Seli_vallavalitsus_Parnumaal, lk 17
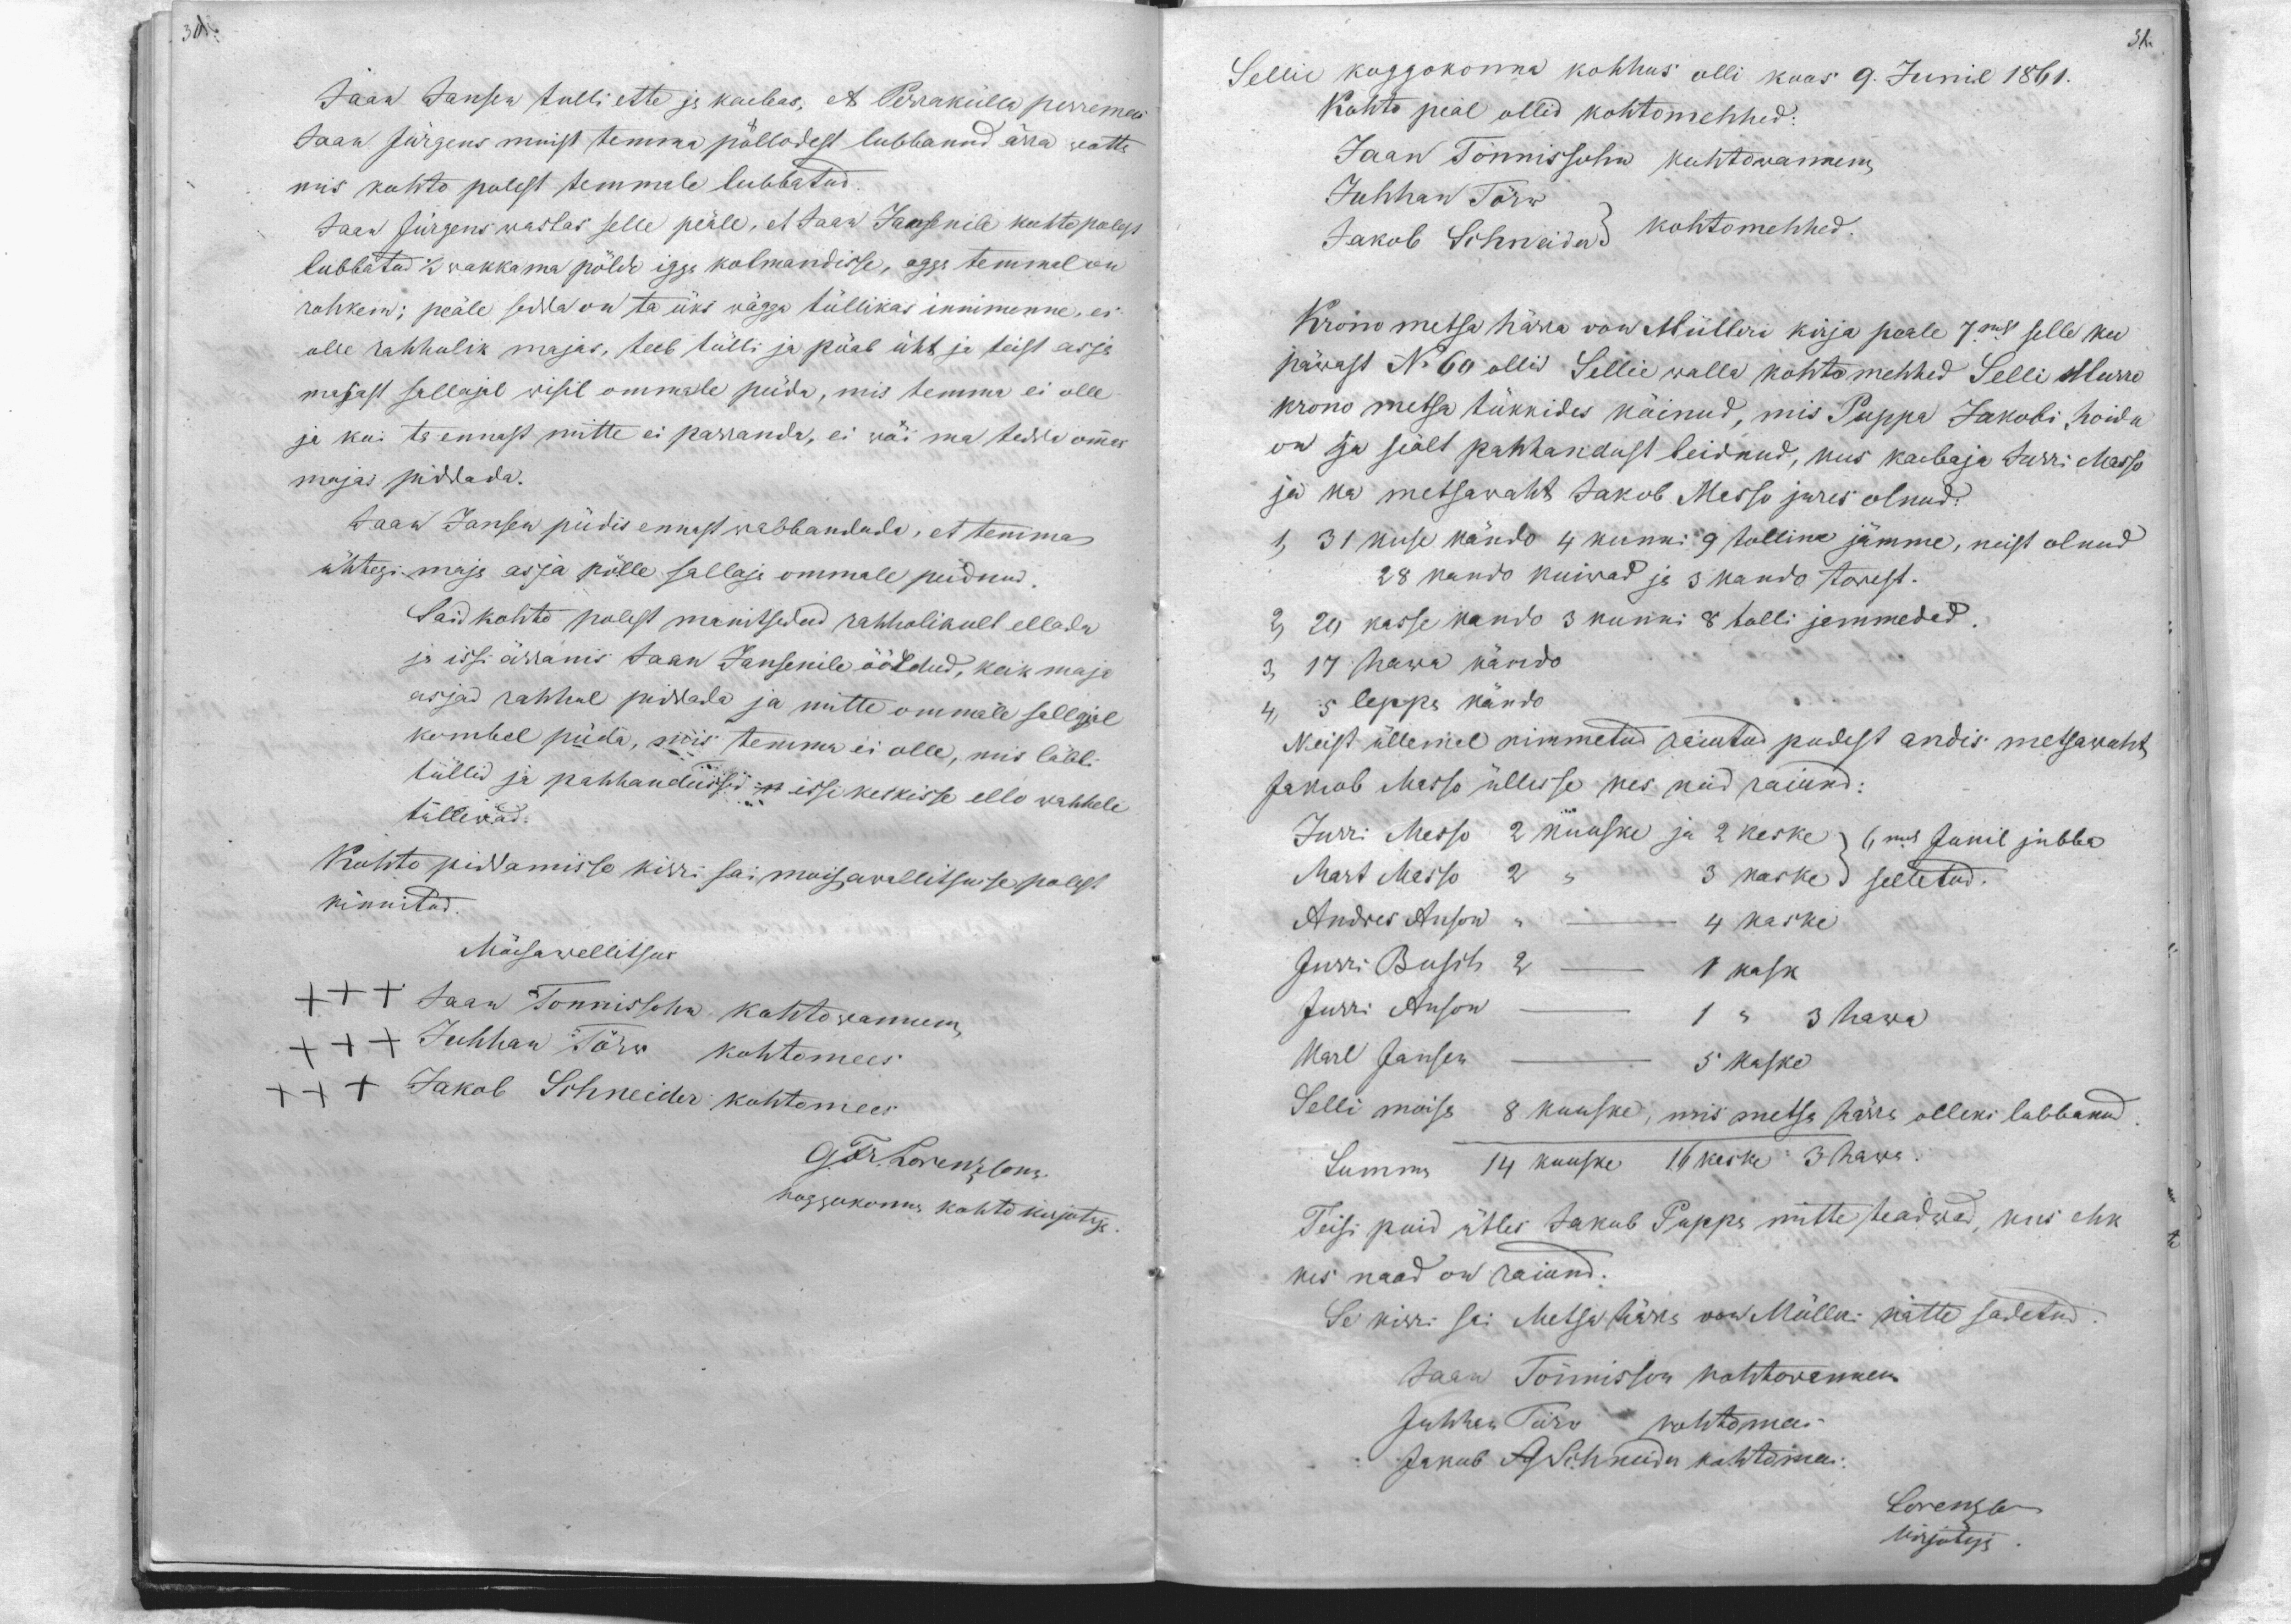
30.

Jaan Jansen tulli ette ja kaebas, et Perrakülla perremees
Jaan Jürgens muist temma pöllodest lubbanud ärra watta
mis kohto polest temmale lubbatud.
Jaan Jürgens wastas selle peäle, et Jaan Jansenile kohto polest
lubbatud 1/2 wakkama pöld igga kolmandisse, agga temmal on
rohkem; peäle sedda on ta üks wägga tüllikas innimenne, ei
olle rahhulik majas, teeb tülli ja püab üht ja teist asja
majast sellajal wisil ommale püda, mis temma ei olle
ja kui ta ennast mitte ei parranda, ei wöi ma tedda ommas
majas piddada.
Jaan Jansen püdis ennast wabbandada, et temma
ühtegi maja asja pölle sallaja ommale peidnud.
Said kohto polest manitsedud rahholikult ellada
ja issi ärranis Jaan Jansenile ööldud, keik maja
asjad rahhul piddada ja mitte ommale sallgial
kombel püda, mis temma ei olle, mis läbbi
tüllewad:
tüllid ja pahhandussid n issi keskisse ello wahhele
Kohto piddamisse kirri sai moisawallitsuse polest.
kinnitud.
Möisawallitsus
XXX Jaan Tonnissohn kohtowannem,
XXX Juhhan Törw kohtomees
xxx Jakob Schneider kohtomees
G. Fr. Lorenzsonn
koggokonna kohto kirjutaja

31.
Sellie koggokonna kohhus olli koos 9. Junil 1861.
Kohto peal ollid kohtomehhed:
Jaan Tönnissohn kohtowannem,
Juhhan Törw
Jakob Schneider kohtomehhed.
Krono metsa härra von Mülleri kirja peale 7masr selle ku
päwast No 60 ollid Sellie walla kohtomehhed Selli Murro
krono metsa tükkides käinud, mis Puppa Jakobi, hoida
on ja seält pahhandust leidnud, kus kaebaja Jurri Masso
ja ka metsawaht Jakob Masso jures olnud:
1, 31 kuse kändo 4 kunni 9 tolline jämme, neist olnud
28 kando kuivad ja 3 kando torest.
2, 29 kasse kando 3 kunni 8 tolli jammedad.
3, 17 hawa kändo
5 leppa kändo
Neist üllemel nimmetud raiutud pudest andis metsawaht
Jakob Masso üllesse kes neid raiund:
Jurri Masso 2 kuuske ja 2 kaske 6mal Junil jubba
Mart Masso 2 " 3 kaske selletud.
Andres Anson - 4 kaske
Jurri Busch 2 - 1 kask
Jurri Anson - 1 " 3 hawa
Karl Janson - 5 kaske.
Selli moisa 8 kuuske, mis metsa härra olleks lubbanud
Summa 14 kuuske 16 keske 3 hawa.
Teisi puid ütles Jakob Puppa mitte teadwad, kus ehk
kes naad on raiund.
Se kirri sai Metsa härra von Mülleri kätte sadetud.
Jaan Tõnnisson kohtowannem
Juhhan Törw kohtomees
Jakob Sch Schneider kohtomees
Lorenzsonn
Kirjotaja